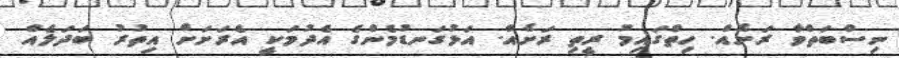
ނިސްބަތްވާ ރަށެއް. ހިތްގައިމު ރީތި ރަށެއް. އަޅުގަނޑުމެންގެ އެދުމަކީ އެރަށަށް އިތުރު ބަދަލެއް